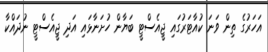
އަހަރުގެ ތިން ވަނަ ކުއާޓަރުގައި ޖީއެސްޓީ ބަޔާން ހުށަނާޅައި އަދި ޖީއެސްޓީ ނުދައްކާ